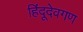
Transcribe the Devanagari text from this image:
हिंदूदेवगण